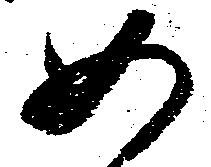
如